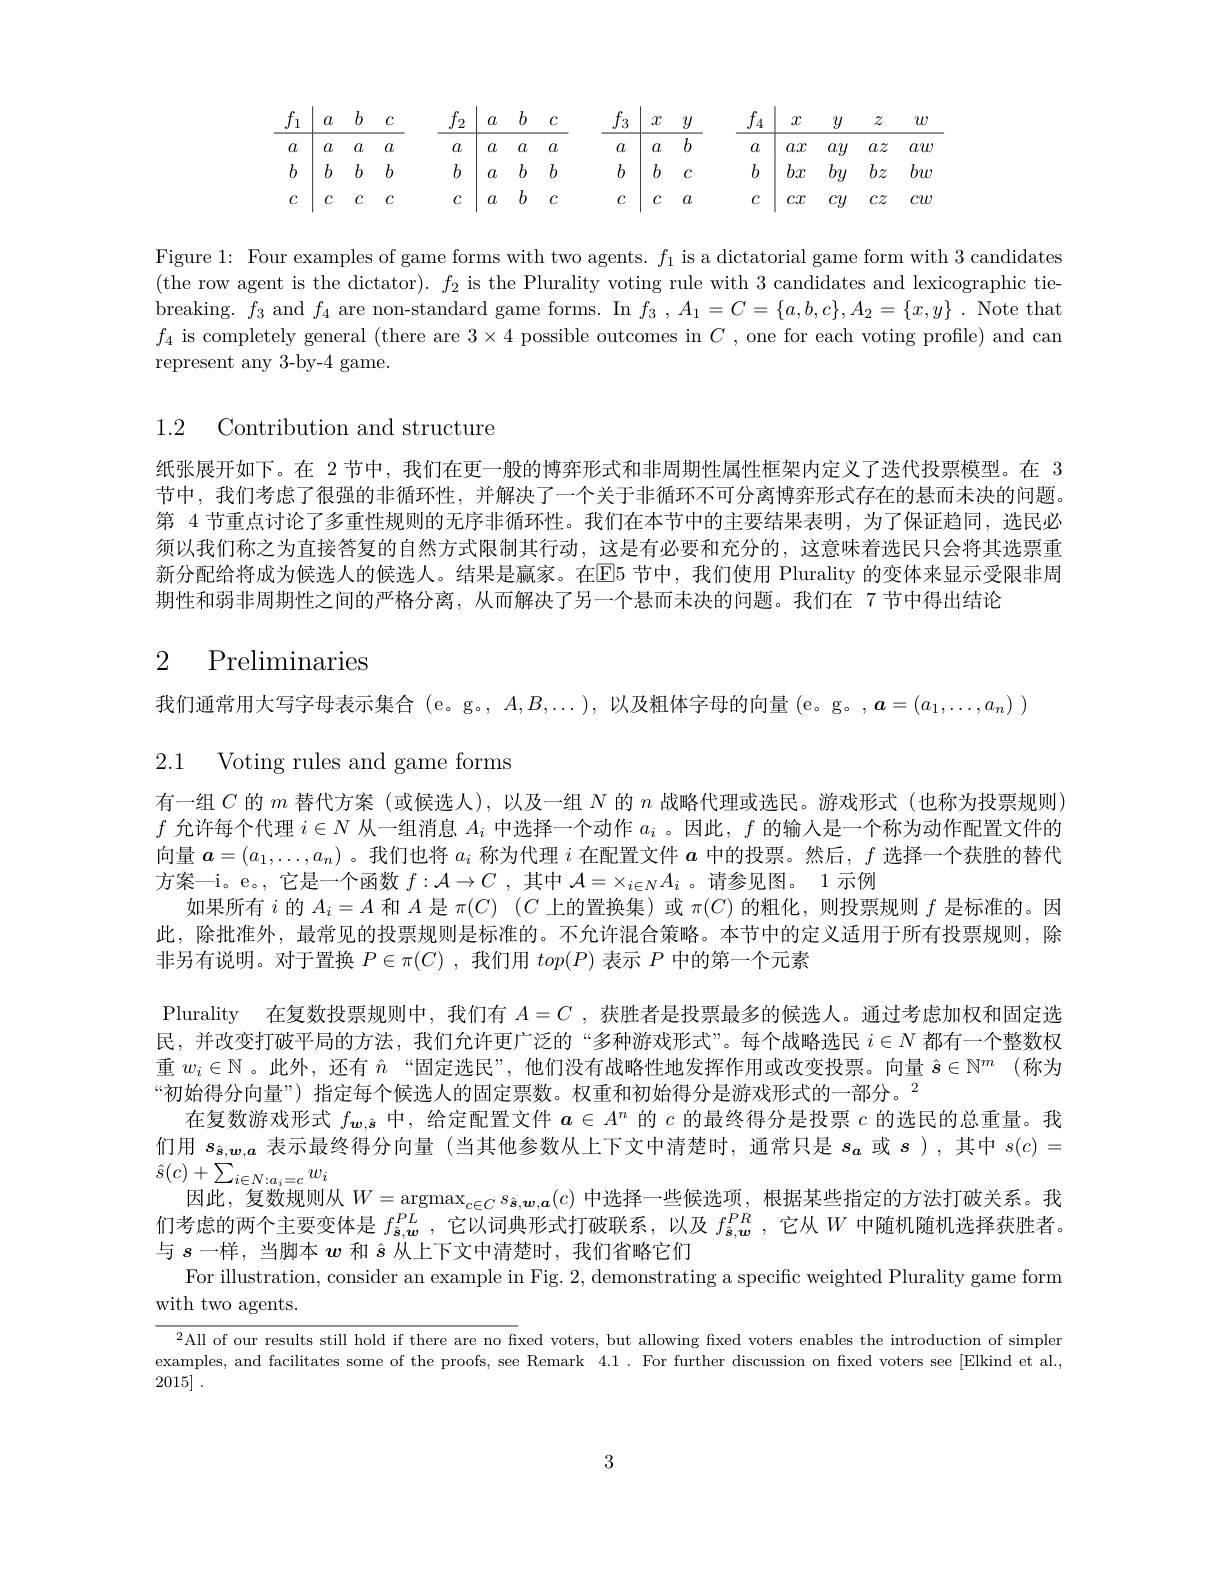
<table>
	<tbody>
		<tr>
			<th>14 1</th>
			<th>$a$</th>
			<th>$b$</th>
			<th>$C$</th>
			<th>$f_2$ 111 </th>
			<th>$a$</th>
			<th>$b$</th>
			<th>$C$</th>
			<th>$f_3$</th>
			<th>$x$</th>
			<th>$y$</th>
			<th>$f_{4}$</th>
			<th>$x$</th>
			<th>$y$</th>
			<th>$z$</th>
			<th>$w$</th>
		</tr>
		<tr>
			<td>$a$</td>
			<td>$a$</td>
			<td>$a$</td>
			<td>$a$</td>
			<td>$a$</td>
			<td>$a$</td>
			<td>$a$</td>
			<td>$a$</td>
			<td>$a$</td>
			<td>$a$</td>
			<td>$b$</td>
			<td>$a$</td>
			<td>$ax$</td>
			<td>$ay$</td>
			<td>$az$</td>
			<td>$aw$</td>
		</tr>
		<tr>
			<td>$b$</td>
			<td>$b$</td>
			<td>$b$</td>
			<td>$b$</td>
			<td>$b$</td>
			<td>$a$</td>
			<td>$b$</td>
			<td>$b$</td>
			<td>$b$</td>
			<td>$b$</td>
			<td>$C$</td>
			<td>$b$</td>
			<td>$bx$</td>
			<td>$by$</td>
			<td>$bz$</td>
			<td>$bw$</td>
		</tr>
		<tr>
			<td>$C$</td>
			<td>$C$</td>
			<td>$c$</td>
			<td>$C$</td>
			<td>$c$</td>
			<td>$a$</td>
			<td>$b$</td>
			<td>$C$</td>
			<td>$C$</td>
			<td>$C$</td>
			<td>$a$</td>
			<td>$C$</td>
			<td>$cx$</td>
			<td>$Cu$</td>
			<td>$c\tilde{z}$</td>
			<td>$cw$</td>
		</tr>
	</tbody>
</table>

Figure 1: Four examples of game forms with two agents. $f_1$ is a dictatorial game form with 3 candidates (the row agent is the dictator). $f_2$ is the Plurality voting rule with 3 candidates and lexicographic tiebreaking. $f_3$ and $f_4$ are non-standard game forms. In $f_3,A_1=C=\{a,b,c\},A_2=\{x,y\}$ . Note that $f_4$ is completely general (there are $3\times4$ possible outcomes in $C$ , one for each voting profile) and can represent any 3-by-4 game.

1.2 Contribution and structure

纸张展开如下。在 2 节中，我们在更一般的博弈形式和非周期性属性框架内定义了迭代投票模型。在 3节中，我们考虑了很强的非循环性，并解决了一个关于非循环不可分离博弈形式存在的悬而未决的问题。第 4 节重点讨论了多重性规则的无序非循环性。我们在本节中的主要结果表明，为了保证趋同，选民必须以我们称之为直接答复的自然方式限制其行动，这是有必要和充分的，这意味着选民只会将其选票重新分配给将成为候选人的候选人。结果是赢家。在$\overline{\mathrm{E}}$5 节中，我们使用 Plurality 的变体来显示受限非周期性和弱非周期性之间的严格分离，从而解决了另一个悬而未决的问题。我们在 7 节中得出结论

# 2 Preliminaries

我们通常用大写字母表示集合(e。g。, $A,B,\ldots)$,以及粗体字母的向量(e。g。$,\boldsymbol a=(a_1,\ldots,a_n)$ )

2.1 Voting rules and game forms

有一组$C$的$m$替代方案 (或候选人),以及一组$N$的$n$战略代理或选民。游戏形式(也称为投票规则) $f$允许每个代理$i\in N$从一组消息$A_i$中选择一个动作$a_i$ 。因此，$f$的输人是一个称为动作配置文件的向量$\boldsymbol{a}=(a_1,\ldots,a_n)$ 。我们也将$a_i$称为代理$i$在配置文件$a$中的投票。然后，$f$选择一个获胜的替代方案一i。e。,它是一个函数$f:\mathcal{A}\to C$ ,其中$\mathcal{A}=\times_i\in NA_i$ 。请参见图。1 示例
如果所有$i$的$A_i=A$和$A$是$\pi ( C)$ $( C$上的置换集)或$\pi(C)$的粗化，则投票规则$f$是标准的。因此，除批准外，最常见的投票规则是标准的。不允许混合策略。本节中的定义适用于所有投票规则，除非另有说明。对于置换$P\in\pi(C)$ ,我们用$top(P)$表示$P$中的第一个元素
Plurality 在复数投票规则中，我们有$A=C$ ,获胜者是投票最多的候选人。通过考虑加权和固定选民，并改变打破平局的方法，我们允许更广泛的“多种游戏形式”。每个战略选民$i\in N$都有一个整数权重$w_i\in\mathbb{N}$。此外，还有$\hat{n}$ “固定选民”,他们没有战略性地发挥作用或改变投票。向量$\hat{s} \in \mathbb{N} ^m$ (称为“初始得分向量”) 指定每个候选人的固定票数。权重和初始得分是游戏形式的一部分。$^{2}$
在复数游戏形式$f_{\boldsymbol{w},\hat{\boldsymbol{s}}}$中，给定配置文件$\boldsymbol a\in A^n$的$c$的最终得分是投票$c$的选民的总重量。我们用$s_{\hat{\boldsymbol{s}},\boldsymbol{w},\boldsymbol{a}}$表示最终得分向量 (当其他参数从上下文中清楚时，通常只是$s_{\boldsymbol{a}}$或$s$ ),其中$s(c)=$ $\hat{s}(c)+\sum_{i\in N:a_{i}=c}w_{i}$
因此，复数规则从$W=\underset{DI}{\operatorname*{\operatorname*{argmax}}}_{c\in C}s_{\hat{\boldsymbol{s}},\boldsymbol{w},\boldsymbol{a}}(c)$中选择一些候选项，根据某些指定的方法打破关系。我们考虑的两个主要变体是$f_{\hat{\boldsymbol{s}},w}^{PL}$ ,它以词典形式打破联系，以及$f_{\hat{\boldsymbol{s}},w}^{PR}$ ,它从$W$中随机随机选择获胜者。与$s$一样，当脚本$w$和$\hat{s}$从上下文中清楚时，我们省略它们
For illustration, consider an example in Fig. 2, demonstrating a specific weighted Plurality game form
with two agents.

$^{2}$All of our results still hold if there are no fxed voters, but allowing fixed voters enables the introduction of simpler examples, and facilitates some of the proofs, see Remark 4.1. For further discussion on fixed voters see [Elkind et al. , 2015] .

3